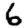
Digit: 6